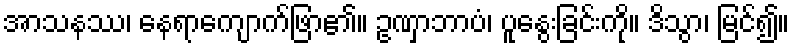
အာသနဿ၊ နေရာကျောက်ဖြာ၏။ ဥဏှာဘာပံ၊ ပူနွေးခြင်းကို။ ဒိသွာ၊ မြင်၍။